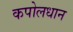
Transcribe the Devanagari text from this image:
कपोलधान